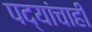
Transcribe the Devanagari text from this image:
पद्यांचाही